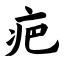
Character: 疤